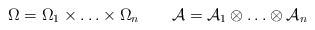
\begin{gather*}\Omega=\Omega_1\times\ldots\times\Omega_n\quad\quad\mathcal{A}=\mathcal{A}_1\otimes\ldots\otimes\mathcal{A}_n\end{gather*}